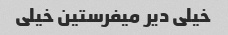
خیلی دیر میفرستین خیلی